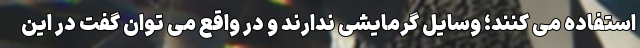
استفاده می کنند؛ وسایل گرمایشی ندارند و در واقع می توان گفت در این